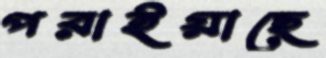
পরাইয়াছে